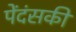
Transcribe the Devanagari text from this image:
पेंदंसकी